[Report on the health of British troops in the Madras command]
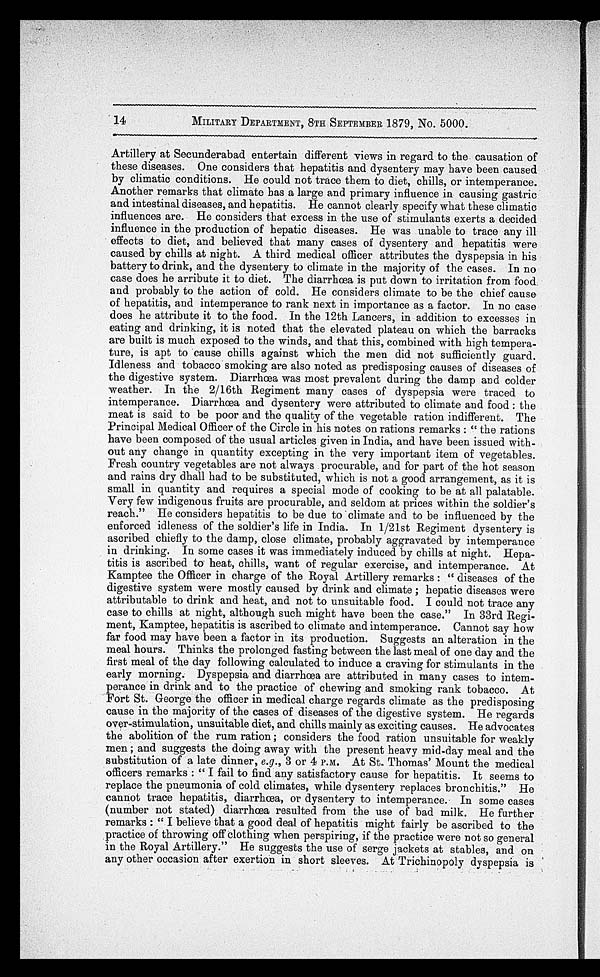
14
MILITARY DEPARTMENT, 8TH SEPTEMBER 1879, No. 5000.
Artillery at Secunderabad entertain different views in regard to the causation of
these diseases. One considers that hepatitis and dysentery may have been caused
by climatic conditions. He could not trace them to diet, chills, or intemperance.
Another remarks that climate has a large and primary influence in causing gastric
and intestinal diseases, and hepatitis. He cannot clearly specify what these climatic
influences are. He considers that excess in the use of stimulants exerts a decided
influence in the production of hepatic diseases. He was unable to trace any ill
effects to diet, and believed that many cases of dysentery and hepatitis were
caused by chills at night. A third medical officer attributes the dyspepsia in his
battery to drink, and the dysentery to climate in the majority of the cases. In no
case does he arribute it to diet. The diarrhœa is put down to irritation from food.
and probably to the action of cold. He considers climate to be the chief cause
of hepatitis, and intemperance to rank next in importance as a factor. In no case
does he attribute it to the food. In the 12th Lancers, in addition to excesses in
e a t i n g a n d d r i n k i n g , i t i s n o t e d t h a t t h e e l e v a t e d p l a t e a u o n w h i c h t h e b a r r a c k s
are built is much exposed to the winds, and that this, combined with high tempera
-ture, is apt to cause chills against which the men did not sufficiently guard.
Idleness and tobacco smoking are also noted as predisposing causes of diseases of
the digestive system. Diarrhœa was most prevalent during the damp and colder
weather. In the 2/16th Regiment many cases of dyspepsia were traced to
intemperance. Diarrhœa and dysentery were attributed to climate and food : the
meat is said to be poor and the quality of the vegetable ration indifferent. The
Principal Medical Officer of the Circle in his notes on rations remarks : " the rations
have been composed of the usual articles given in India, and have been issued with
-out any change in quantity excepting in the very important item of vegetables.
Fresh country vegetables are not always procurable, and for part of the hot season
and rains dry dhall had to be substituted, which is not a good arrangement, as it is
small in quantity and requires a special mode of cooking to be at all palatable.
Very few indigenous fruits are procurable, and seldom at prices within the soldier's
reach." He considers hepatitis to be due to climate and to be influenced by the
enforced idleness of the soldier's life in India. In 1/21st Regiment dysentery is
ascribed chiefly to the damp, close climate, probably aggravated by intemperance
in drinking. In some cases it was immediately induced by chills at night. Hepa
-titis is ascribed to heat, chills, want of regular exercise, and intemperance. At
Kamptee the Officer in charge of the Royal Artillery remarks : " diseases of the
digestive system were mostly caused by drink and climate ; hepatic diseases were
attributable to drink and heat, and not to unsuitable food. I could not trace any
case to chills at night, although such might have been the case." In 33rd Regi
-ment, Kamptee, hepatitis is ascribed to climate and intemperance. Cannot say how
far food may have been a factor in its production. Suggests an alteration in the
meal hours. Thinks the prolonged fasting between the last meal of one day and the
first meal of the day following calculated to induce a craving for stimulants in the
early morning. Dyspepsia and diarrhœa are attributed in many cases to intem
-perance in drink and to the practice of chewing and smoking rank tobacco. At
Fort St. George the officer in medical charge regards climate as the predisposing
cause in the majority of the cases of diseases of the digestive system. He regards
over-stimulation, unsuitable diet, and chills mainly as exciting causes. He advocates
the abolition of the rum ration ; considers the food ration unsuitable for weakly
m e n ; a n d s u g g e s t s t h e d o i n g a w a y w i t h t h e p r e s e n t h e a v y m i d - d a y m e a l a n d t h e
substitution of a late dinner, e.g., 3 or 4 P.M. At St. Thomas' Mount the medical
of f i c e r s r e ma r ks : " I f a i l t o f i nd a ny s a t i s f a c t or y c a us e f or he pa t i t i s . I t s e e ms t o
replace the pneumonia of cold climates, while dysentery replaces bronchitis." He
cannot trace hepatitis, diarrhœa, or dysentery to intemperance. In some cases
(number not stated) diarrhœa resulted from the use of bad milk. He further
r e m a r k s : " I b e l i e v e t h a t a g o o d d e a l o f h e p a t i t i s m i g h t f a i r l y b e a s c r i b e d t o t h e
practice of throwing off clothing when perspiring, if the practice were not so general
in the Royal Artillery." He suggests the use of serge jackets at stables, and on
any other occasion after exertion in short sleeves. At Trichinopoly dyspepsia is